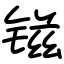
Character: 镃